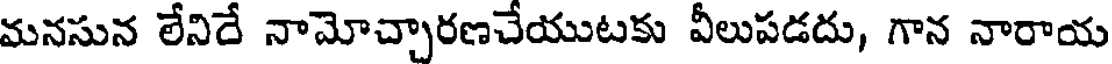
మనసున లేనిదే నామోచ్చారణచేయుటకు వీలుపడదు, గాన నారాయ